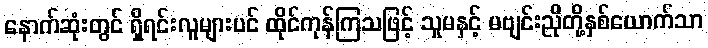
နောက်ဆုံးတွင် ရှိရင်းလူများပင် ထိုင်ကုန်ကြသဖြင့် သူမနှင့် မဗျင်းညိုတို့နှစ်ယောက်သာ